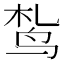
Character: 𫛠